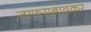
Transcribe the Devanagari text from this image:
जाफराबादकर